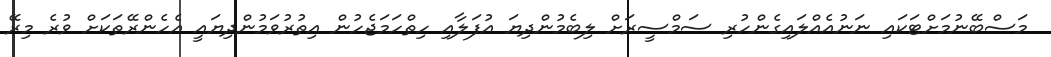
މަސްބޭނުމަށްޓަކައި ނަނުއެއްލައިގެންހުރި ސަމްސީރަށް ލިބެމުންދިޔަ އުފަލާއި ހިތްހަމަޖެހުން އިތުރުވަމުންދިޔައީ އެހެންރޭތަކަށް ވުރެ މިރޭ